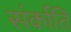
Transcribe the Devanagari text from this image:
संर्काति